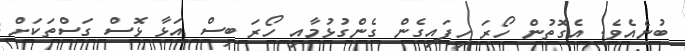
ބުނެއެވެ. އެގޮތުން ހޯރަ ހިފައިގެން ގެންގުޅުމާއި ހޯރަ ބިސް އަޅާ ޅޮސް ގަސްތަކަށް